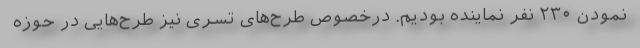
نمودن ۲۳۰ نفر نماینده بودیم. درخصوص طرح‌های تسری نیز طرح‌هایی در حوزه